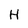
Character: H